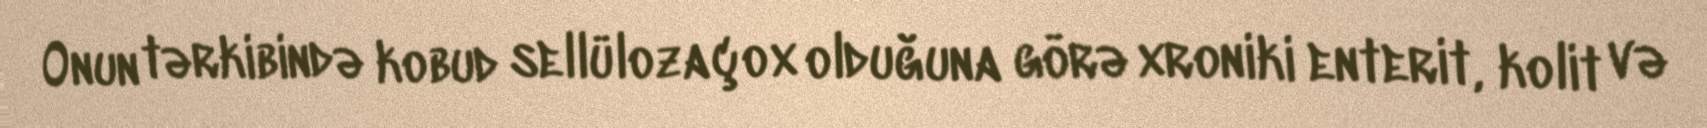
Onun tərkibində kobud sellüloza çox olduğuna görə xroniki enterit, kolit və